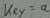
Text: key=a